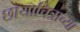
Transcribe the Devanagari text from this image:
छायाचित्राच्या